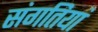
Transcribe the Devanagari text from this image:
संगतियां